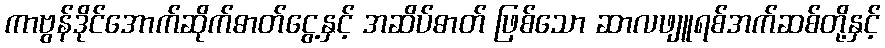
ကာဗွန်ဒိုင်အောက်ဆိုက်ဓာတ်ငွေ့နှင့် အဆိပ်ဓာတ် ဖြစ်သော ဆာလဖျူရစ်အက်ဆစ်တို့နှင့်